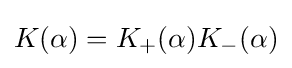
K(\alpha )=K_{+}(\alpha )K_{-}(\alpha )